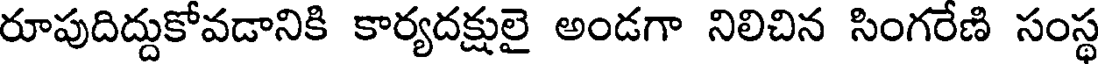
రూపుదిద్దుకోవడానికి కార్యదక్షులై అండగా నిలిచిన సింగరేణి సంస్థ